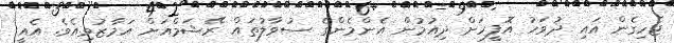
ޖެހިގެން އައި ދުވަހު އޮފީހަށް ދިއުމުން އެންމެންގެ ސުވާލުތައް ރޭޝަމްއަށް އަމާޒުވިއެވެ. އެއީ